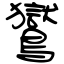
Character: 鸑